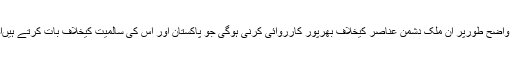
انہوں نے کہاکہ مقتدر حلقے اور اداروں کو اب واضح طورپر ان ملک دشمن عناصر کیخلاف بھرپور کارروائی کرنی ہوگی جو پاکستان اور اس کی سالمیت کیخلاف بات کرتے ہیںاور غیرملکی قوتوں کے آلہ کار بنے ہوئے ہیں۔